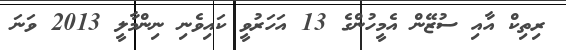
ރިތިކް އާއި ސުޒޭން އެމީހުންގެ 13 އަހަރުވީ ކައިވެނި ނިންމާލީ 2013 ވަނަ